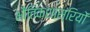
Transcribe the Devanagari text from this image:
भौतिकशास्रियों